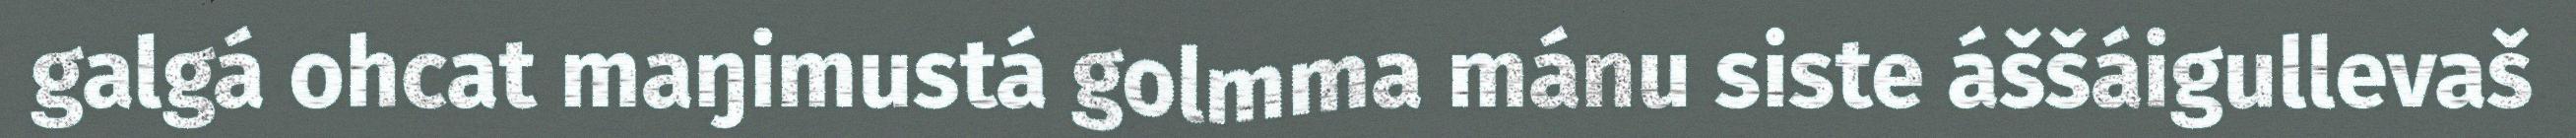
galgá ohcat maŋimustá golmma mánu siste áššáigullevaš